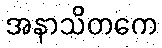
အနာသိတကေ